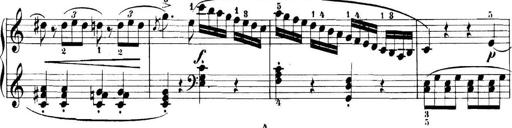
Title: 11 Sonatinas
Composer: Anton Diabelli